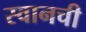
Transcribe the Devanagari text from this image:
स्वानची